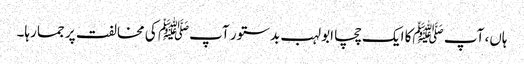
ہاں، آپ ﷺکا ایک چچا ابولہب بدستور آپﷺ کی مخالفت پر جما رہا۔